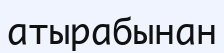
атырабынан